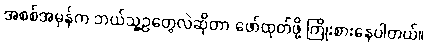
အစစ်အမှန်က ဘယ်သူ့ဥတွေလဲဆိုတာ ဖော်ထုတ်ဖို့ ကြိုးစားနေပါတယ်။